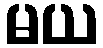
မယ